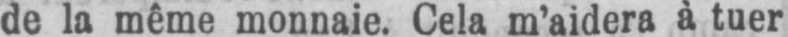
de la même monnaie. Cela m’aidera à tuer